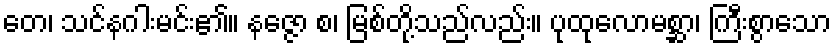
တေ၊ သင်နဂါးမင်း၏။ နဇ္ဇော စ၊ မြစ်တို့သည်လည်း။ ပုထုလောမစ္ဆာ၊ ကြီးစွာသော